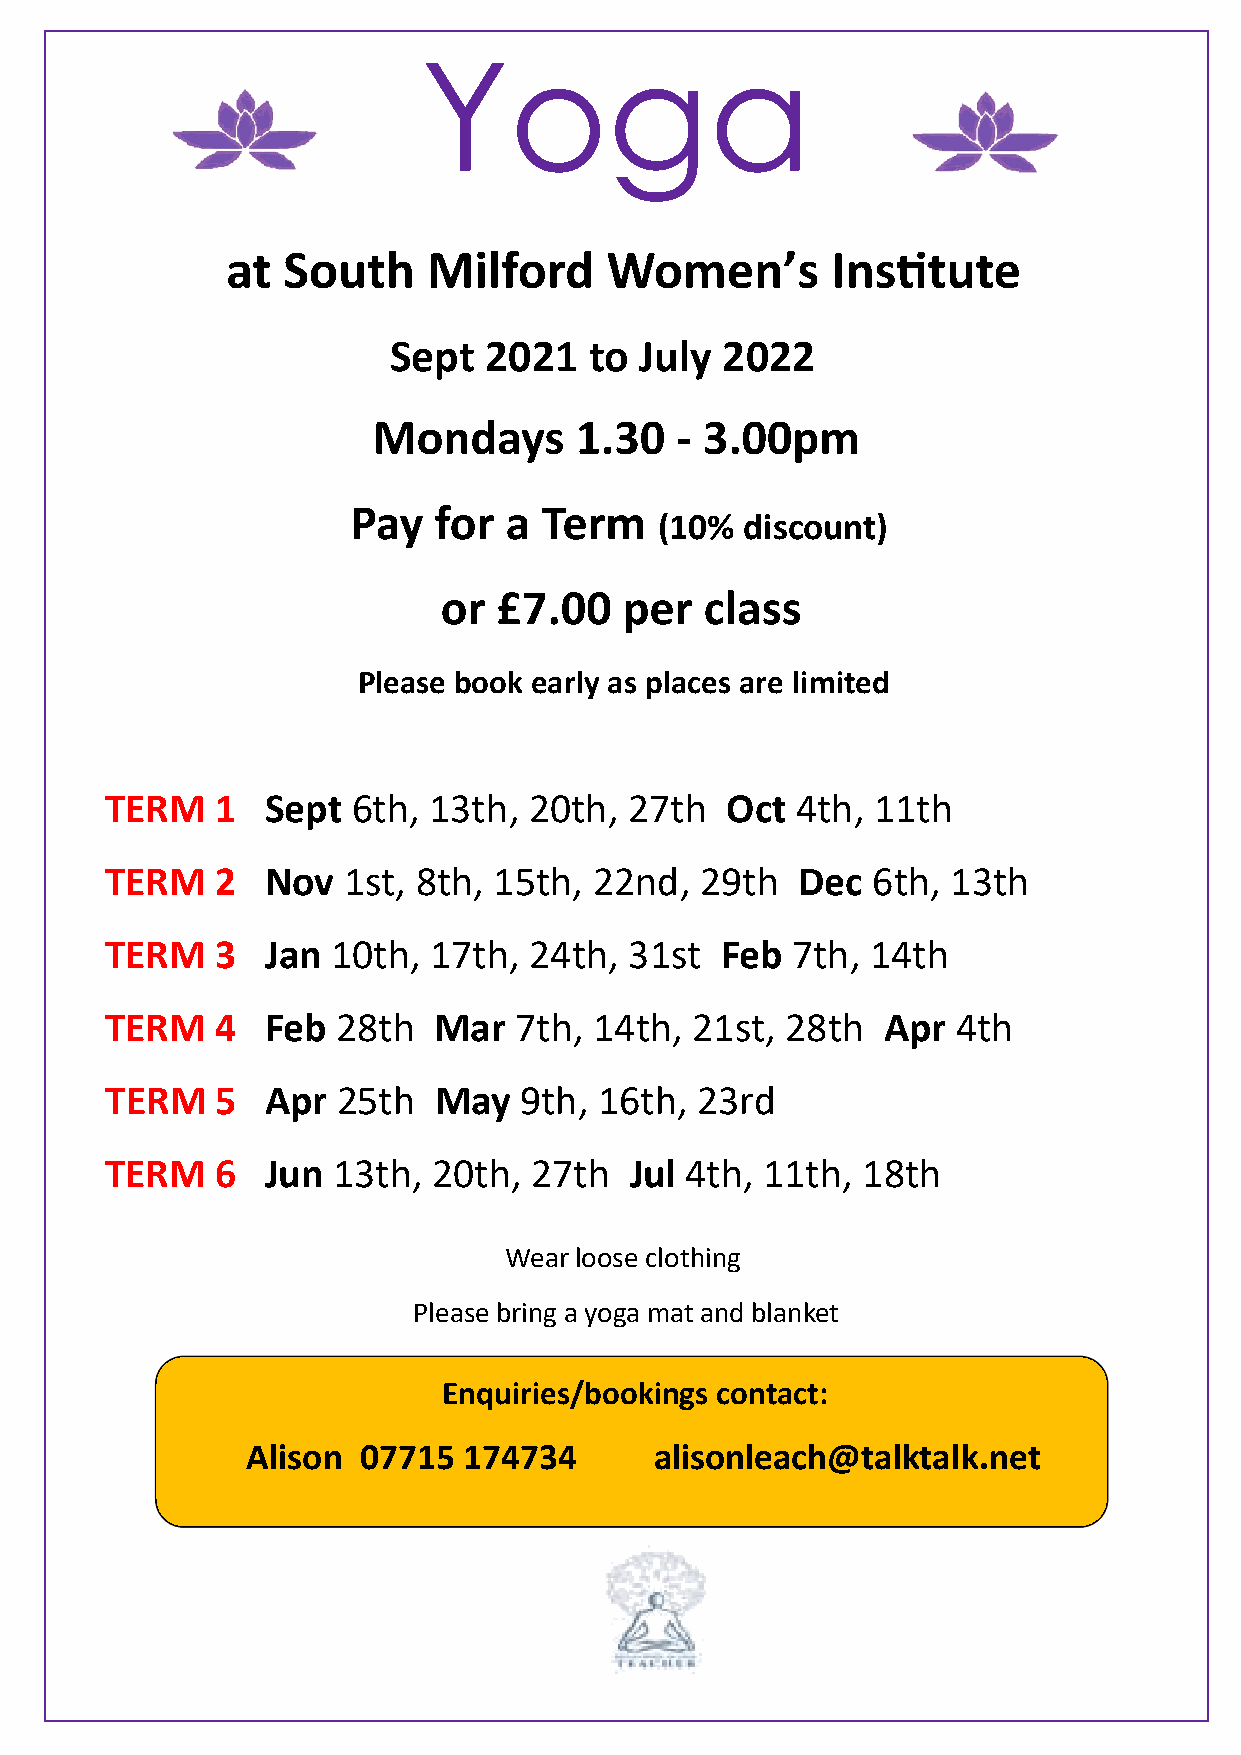
Yoga
 at  South    Milford     Women’s        Institute
 Sept  2021   to July  2022
 Mondays      1.30   - 3.00pm
 Pay   for a  Term
 (10% discount)
 or  £7.00   per   class
 Please book early as places are limited
 TERM   1   Sept 6th, 13th,  20th,  27th  Oct  4th, 11th
 TERM   2   Nov  1st, 8th, 15th, 22nd,  29th   Dec  6th, 13th
 TERM   3   Jan 10th, 17th,  24th,  31st  Feb 7th,  14th
 TERM   4   Feb 28th   Mar  7th, 14th,  21st, 28th  Apr  4th
 TERM   5   Apr 25th   May  9th,  16th, 23rd
 TERM   6   Jun 13th,  20th, 27th   Jul 4th, 11th, 18th
 Wear loose clothing
 Please bring a yoga mat and blanket
 Enquiries/bookings contact:
 Alison  07715  174734      alisonleach@talktalk.net